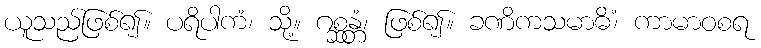
ယူသည်ဖြစ်၍။ ပရိပါကံ၊ သို့။ ဂစ္ဆန္တံ၊ ဖြစ်၍။ ခဏိကသမာဓိံ၊ ကာမာဝစရ